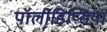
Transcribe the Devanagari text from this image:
पॉलीडिप्सिया